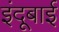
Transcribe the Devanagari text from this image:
इंदूबाई